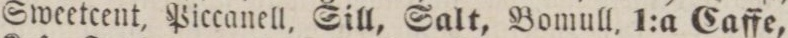
Sweetcent, Piccanell, Sill, Salt, Bomull, 1:a Caffe,